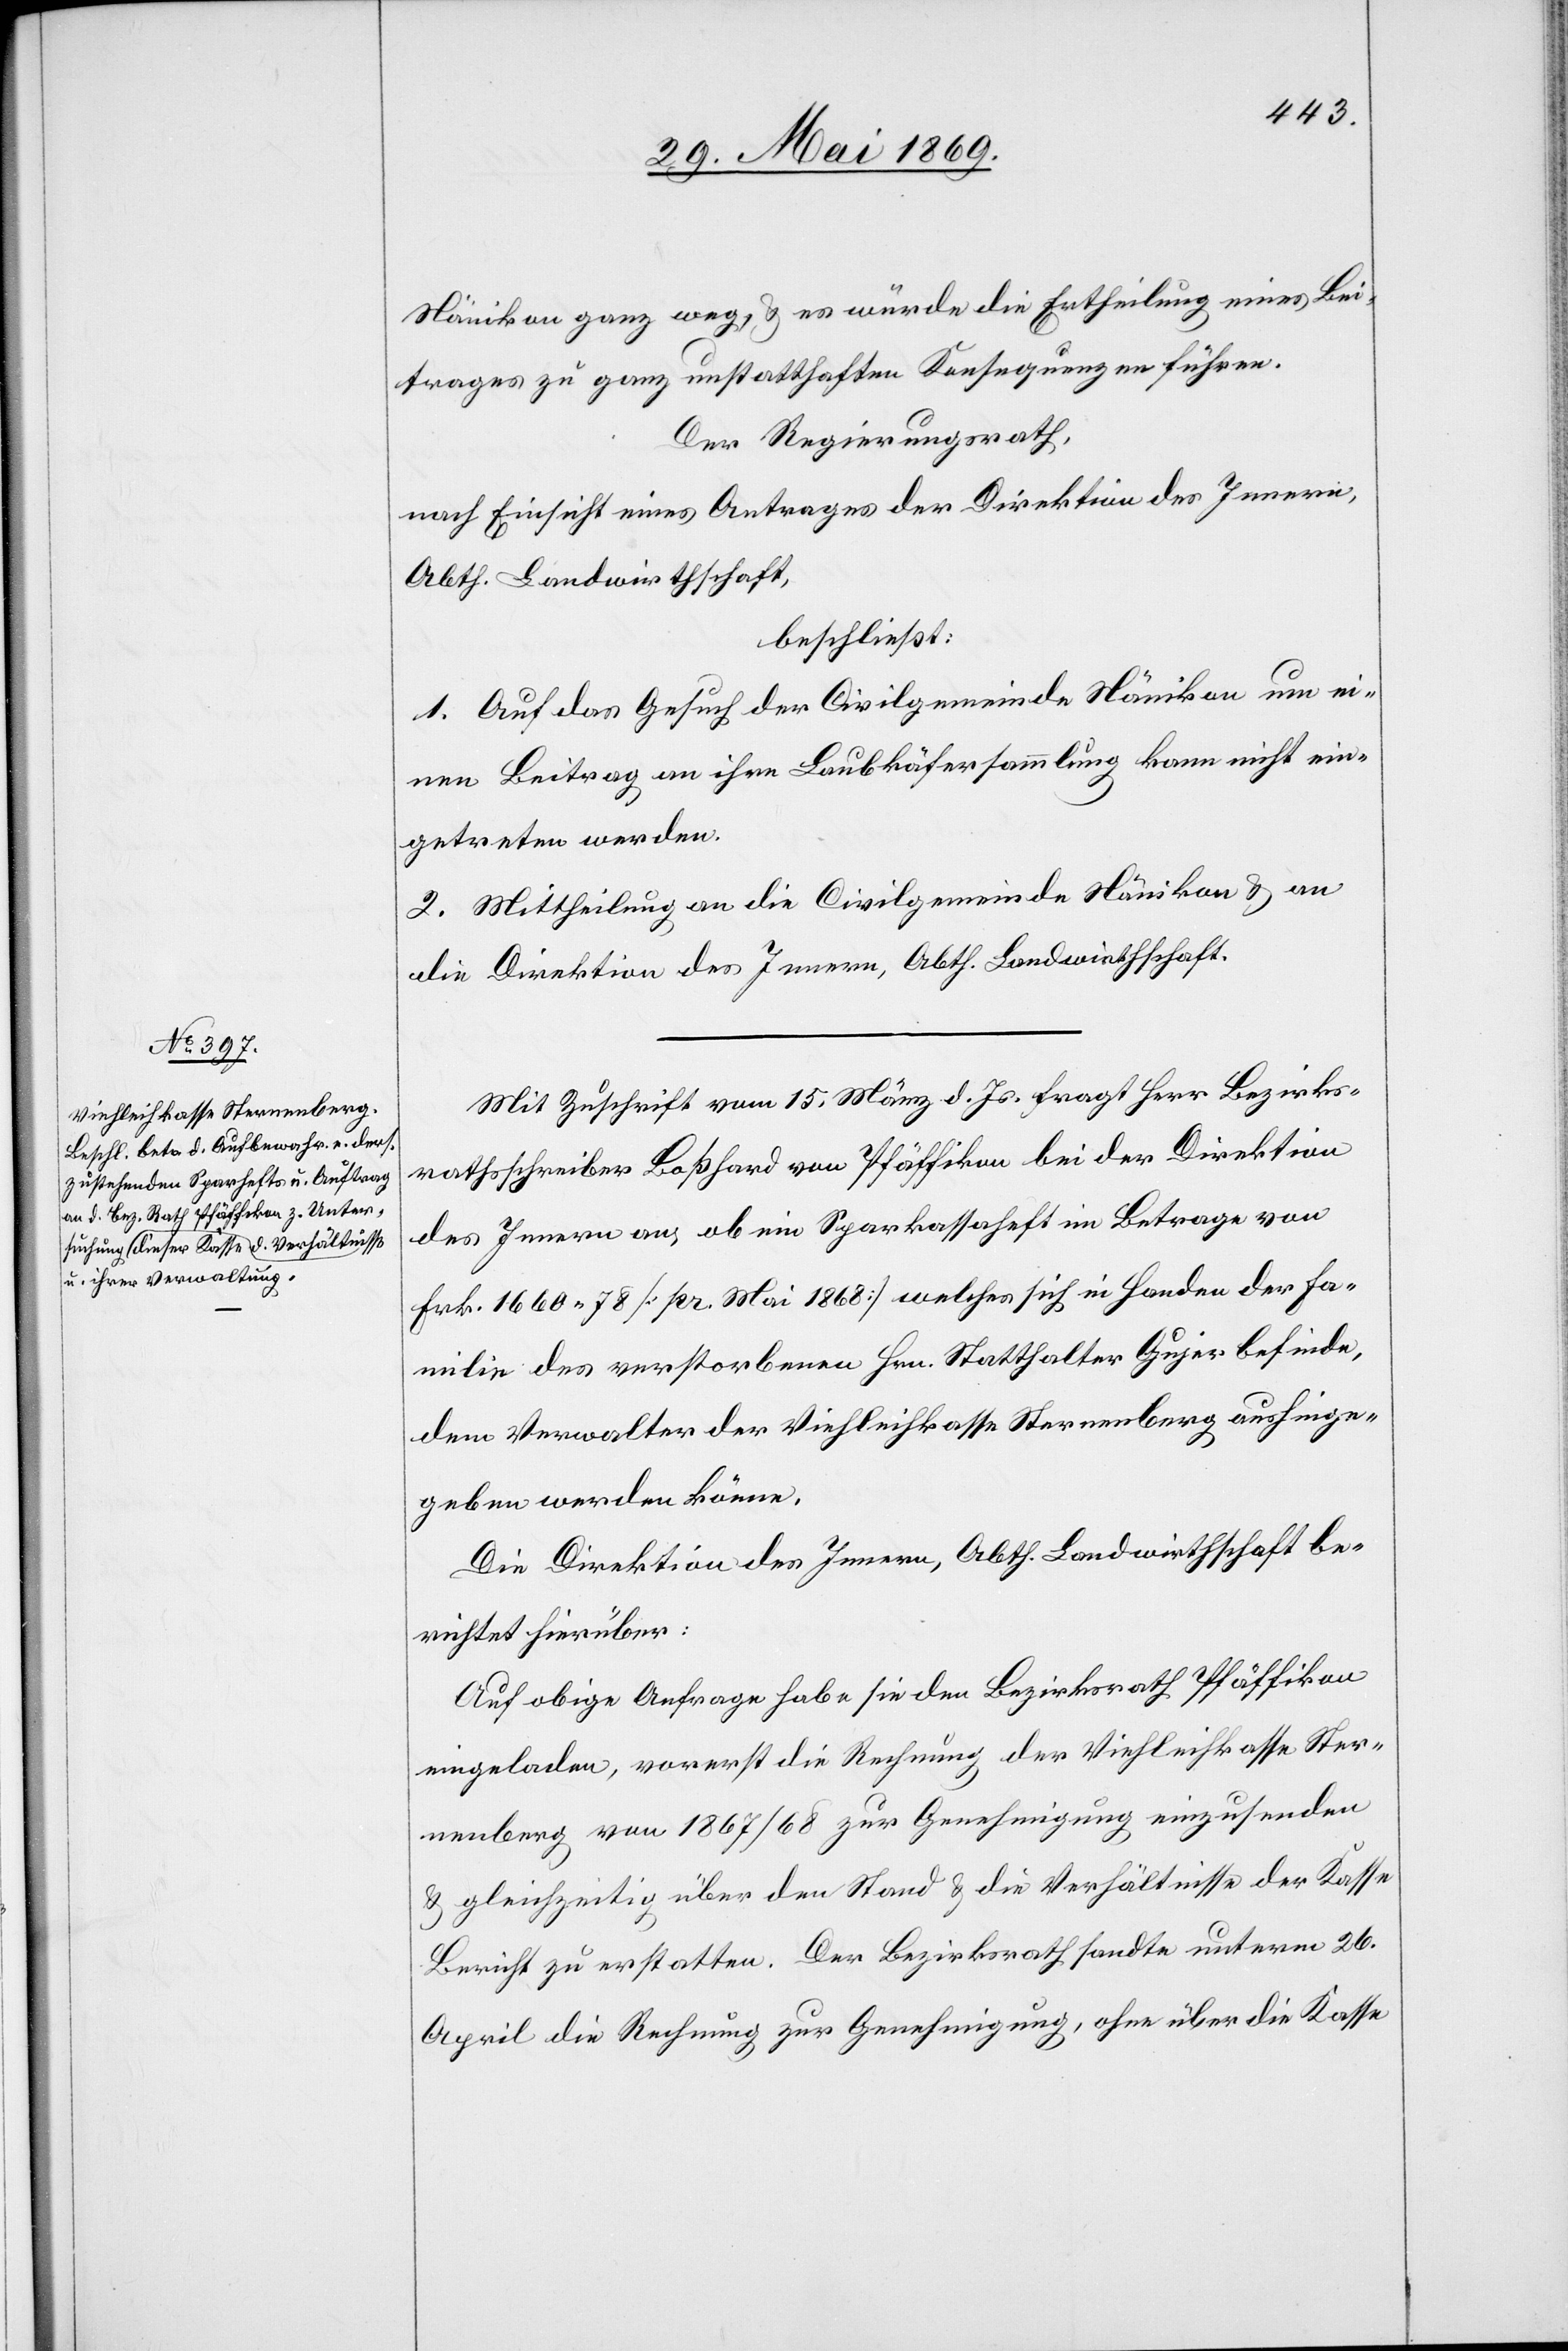
Nänikon ganz weg, u. es würde die Ertheilung eines Bei¬
trages zu ganz unstatthaften Konsequenzen führen.
Der Regierungsrath,
nach Einsicht eines Antrages der Direktion des Innern,
Abth. Landwirthschaft,
beschließt:
1. Auf das Gesuch der Civilgemeinde Nänikon um ei¬
nen Beitrag an ihre Laubkäfersammlung kann nicht ein¬
getreten werden.
2. Mittheilung an die Civilgemeinde Nänikon u. an
die Direktion des Innern, Abth. Landwirthschaft.
Mit Zuschrift vom 15 März d. Js. fragt Herr Bezirks¬
rathsschreiber Boßhard von Pfäffikon bei der Direktion
des Innern an, ob ein Sparkassaheft im Betrage von
Frk. 1660.78 [pr. Mai 1868] welches sich in Handen der Fa¬
milie des verstorbenen Hrn. Statthalter Gujer befinde,
dem Verwalter der Viehleihkassa Sternenberg aushinge¬
geben werden könne.
Die Direktion des Innern, Abth. Landwirthschaft be¬
richtet hierüber:
Auf obige Anfrage habe sie den Bezirksrath Pfäffikon
eingeladen, vorerst die Rechnung der Viehleihkasse Ster¬
nenberg von 1867/68 zur Genehmigung einzusenden
u. gleichzeitig über den Stand u. die Verhältnisse der Kasse
Bericht zu erstatten. Der Bezirksrath sandte unterm 26
April die Rechnung zur Genehmigung, ohne über die Kasse